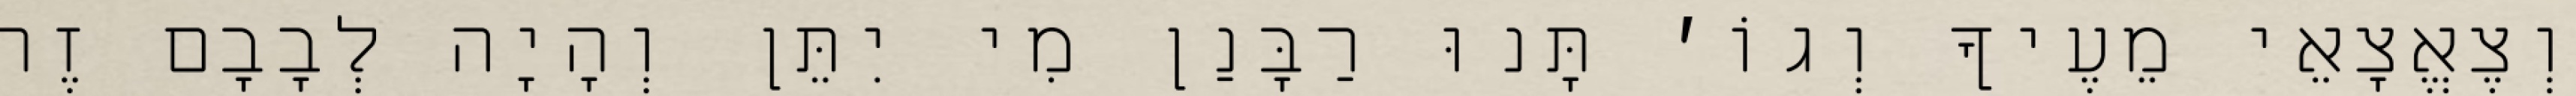
וְצֶאֱצָאֵי מֵעֶיךָ וְגוֹ׳ תָּנוּ רַבָּנַן מִי יִתֵּן וְהָיָה לְבָבָם זֶה